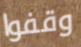
وقفوا